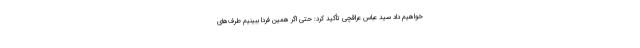
خواهیم داد سید عباس عراقچی تأکید کرد: حتی اگر همین فردا ببینیم طرف‌های